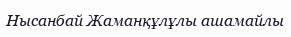
Нысанбай Жаманқұлұлы ашамайлы